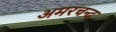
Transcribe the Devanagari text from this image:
अमरचन्द